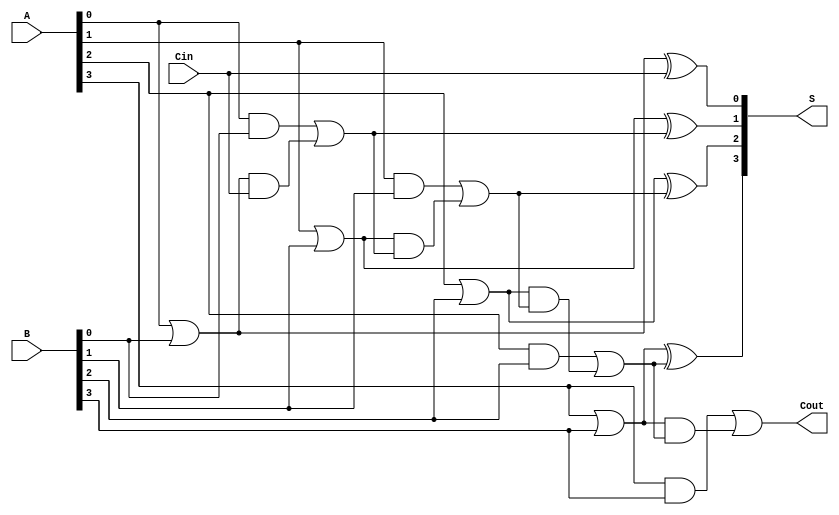
module CarryLookaheadAdder #(parameter n = 4) (
    input [n-1:0] A,      // First n-bit input
    input [n-1:0] B,      // Second n-bit input
    input Cin,            // Carry-in
    output [n-1:0] S,     // Sum output
    output Cout           // Carry-out
);

    // Generate and Propagate signals
    wire [n-1:0] G; // Generate signals
    wire [n-1:0] P; // Propagate signals
    wire [n:0] C;   // Carry signals

    // Generate and Propagate Logic
    genvar i;
    generate
        for (i = 0; i < n; i = i + 1) begin : gen_prop
            assign G[i] = A[i] & B[i];      // Generate
            assign P[i] = A[i] | B[i];      // Propagate
        end
    endgenerate

    // Carry Logic
    assign C[0] = Cin; // Initial carry is Cin

    generate
        for (i = 0; i < n; i = i + 1) begin : carry_logic
            if (i == 0) begin
                assign C[i + 1] = G[i] | (P[i] & C[i]); // C1
            end else begin
                assign C[i + 1] = G[i] | (P[i] & C[i]); // C2, C3, ..., Cn
            end
        end
    endgenerate

    // Sum Calculation
    generate
        for (i = 0; i < n; i = i + 1) begin : sum_logic
            assign S[i] = P[i] ^ C[i]; // Sum
        end
    endgenerate

    // Carry-out
    assign Cout = C[n]; // Final carry-out

endmodule